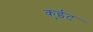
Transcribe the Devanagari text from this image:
कुईट